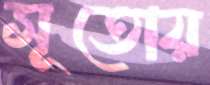
সূতোয়